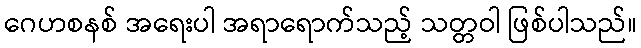
ဂေဟစနစ် အရေးပါ အရာရောက်သည့် သတ္တဝါ ဖြစ်ပါသည်။